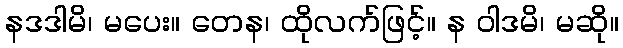
နဒဒါမိ၊ မပေး။ တေန၊ ထိုလက်ဖြင့်။ န ဝါဒမိ၊ မဆို။